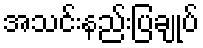
အသင်းနည်းပြချုပ်